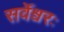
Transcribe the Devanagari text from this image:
सर्वेश्वरः